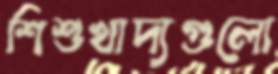
শিশুখাদ্যগুলো